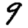
Digit: 9